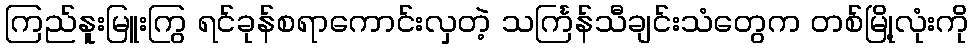
ကြည်နူးမြူးကြွ ရင်ခုန်စရာကောင်းလှတဲ့ သင်္ကြန်သီချင်းသံတွေက တစ်မြို့လုံးကို